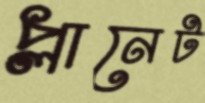
প্লানেট